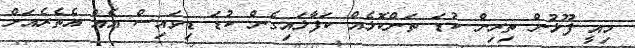
މިއީ ފޫޅުން ތިރިން ކުޑަ ތަންކޮޅެއް ކަފާލައިގެން ކުޑަ ޑިވައިސް އެއް އެތެރެއަށް